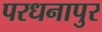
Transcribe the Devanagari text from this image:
परधनापुर